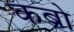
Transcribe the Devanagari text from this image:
कब्रो